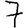
Digit: 7